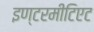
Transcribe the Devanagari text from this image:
इण्टरमीटिएट